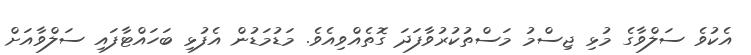
އެކުވެ ސަލްވާގެ މުޅި ޖިސްމު މަސްތުކުރުވާފަދަ ގޮތެއްވިއެވެ. މަޑުމަޑުން އެފުޅި ބަހައްޓާފައި ސަލްވާއަށް